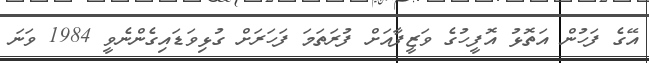
އޭގެ ފަހުން އަތޮޅު އޮފީހުގެ ވަޒީފާއަށް ފުރަތަމަ ފަހަރަށް ގުޅިވަޑައިގެންނެވީ 1984 ވަނަ